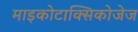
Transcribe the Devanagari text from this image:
माइकोटाक्सिकोजेज